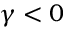
\gamma < 0